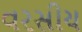
વરસીય